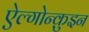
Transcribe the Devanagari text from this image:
ऐल्गोन्क़ुइन